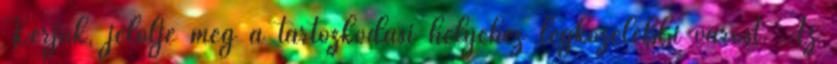
Kérjük, jelölje meg a tartózkodási helyéhez legközelebbi várost. Az